Papers set at the Examination for Leaving Certificates, 1889
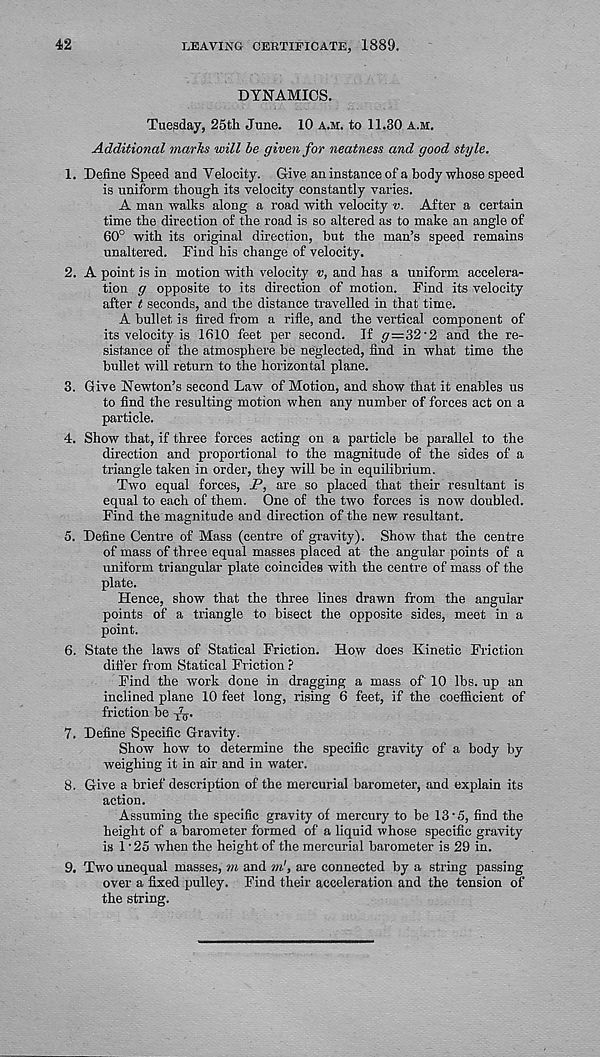
42
LEAVING CERTIFICATE, 1889.
DYNAMICS.
Tuesday, 25th June. 10 a.m. to 11.30 a.m.
Additional marks will be given for neatness and good style.
1. Define Speed and Velocity. Give an instance of a body whose speed
is uniform though its velocity constantly varies.
A man walks along a road with velocity v. After a certain
time the direction of the road is so altered as to make an angle of
60° with its original direction, but the man’s speed remains
unaltered. Find his change of velocity.
2. A point is in motion with velocity v, and has a uniform accelera-
tion g opposite to its direction of motion. Find its velocity
after t seconds, and the distance travelled in that time.
A bullet is fired from a rifle, and the vertical component of
its velocity is 1610 feet per second. If <7=32'2 and the re-
sistance of the atmosphere be neglected, find in what time the
bullet will return to the horizontal plane.
3. Give Newton’s second Law of Motion, and show that it enables us
to find the resulting motion when any number of forces act on a
particle.
4. Show that, if three forces acting on a particle be parallel to the
direction and proportional to the magnitude of the sides of a
triangle taken in order, they will be in equilibrium.
Two equal forces, P, are so placed that their resultant is
equal to each of them. One of the two forces is now doubled.
Find the magnitude and direction of the new resultant.
5. Define Centre of Mass (centre of gravity). Show that the centre
of mass of three equal masses placed at the angular points of a
uniform triangular plate coincides with the centre of mass of the
plate.
Hence, show that the three lines drawn from the angular
points of a triangle to bisect the opposite sides, meet in a
point.
6. State the laws of Statical Friction. How does Kinetic Friction
ditt'er from Statical Friction ?
Find the work done in dragging a mass of 10 lbs. up an
inclined plane 10 feet long, rising 6 feet, if the coefficient of
friction be
7. Define Specific Gravity.
Show how to determine the specific gravity of a body by
weighing it in air and in water.
8. Give a brief description of the mercurial barometer, and explain its
action.
Assuming the specific gravity of mercury to be 13'5, find the
height of a barometer formed of a liquid whose specific gravity
is 1 • 25 when the height of the mercurial barometer is 29 in.
9. Two unequal masses, m and ml, are connected by a string passing
over a fixed pulley. Find their acceleration and the tension of
the string.